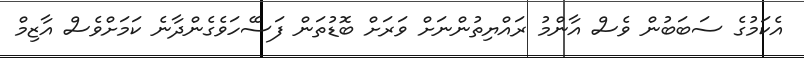
އެކަމުގެ ސަބަބުން ވެސް އާންމު ރައްޔިތުންނަށް ވަރަށް ބޮޑުތަން ފަސޭހަވެގެންދާނެ ކަމަށްވެސް އާޒިމް